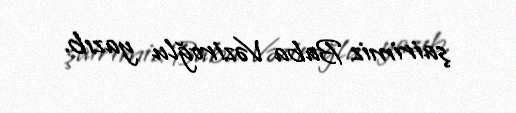
şairimiz Baba Vəziroğlu yazıb.